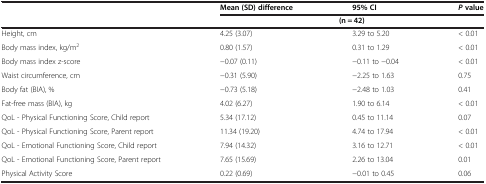
|  | Mean (SD) difference | 95% CI | Pvalue |
 |  | <COLSPAN=3> (n = 42) |
 | --- | --- | --- | --- |
 | Height, cm | 4.25 (3.07) | 3.29 to 5.20 | < 0.01 |
 | Body mass index, kg/m2 | 0.80 (1.57) | 0.31 to 1.29 | < 0.01 |
 | Body mass index z-score | −0.07 (0.11) | −0.11 to −0.04 | < 0.01 |
 | Waist circumference, cm | −0.31 (5.90) | −2.25 to 1.63 | 0.75 |
 | Body fat (BIA), % | −0.73 (5.18) | −2.48 to 1.03 | 0.41 |
 | Fat-free mass (BIA), kg | 4.02 (6.27) | 1.90 to 6.14 | < 0.01 |
 | QoL - Physical Functioning Score, Child report | 5.34 (17.12) | 0.45 to 11.14 | 0.07 |
 | QoL - Physical Functioning Score, Parent report | 11.34 (19.20) | 4.74 to 17.94 | < 0.01 |
 | QoL - Emotional Functioning Score, Child report | 7.94 (14.32) | 3.16 to 12.71 | < 0.01 |
 | QoL - Emotional Functioning Score, Parent report | 7.65 (15.69) | 2.26 to 13.04 | 0.01 |
 | Physical Activity Score | 0.22 (0.69) | −0.01 to 0.45 | 0.06 |